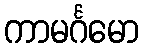
ကာမင်္ဂမော